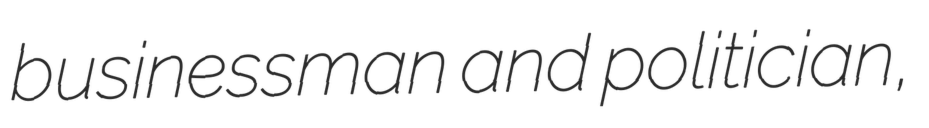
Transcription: businessman and politician,